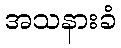
အသနားခံ